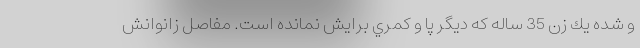
و شده يك زن 35 ساله كه ديگر پا و كمري برايش نمانده است. مفاصل زانوانش